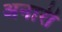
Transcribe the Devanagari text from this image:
अनारी